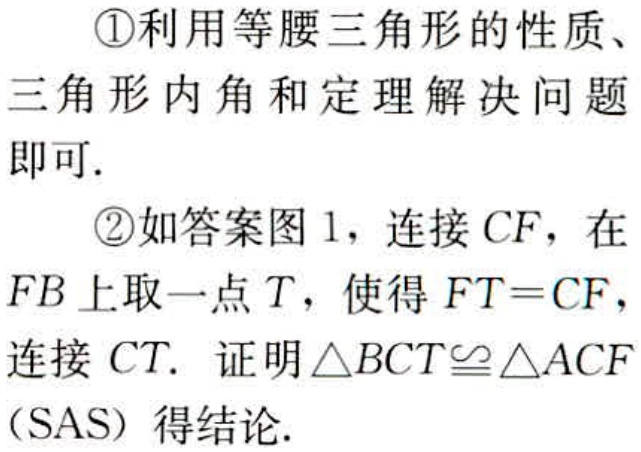
\textcircled{1}利用等腰三角形的性质、

三角形内角和定理解决问题

即可.

\textcircled{2}如答案图 1，连接 \(CF\)，在

\(FB\)上取一点 \(T\)，使得 \(FT = CF\)，

连接 \(CT\). 证明\(\triangle BCT\cong\triangle ACF\)

（SAS）得结论.